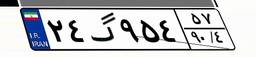
۲۴گ۹۵۴۵۷